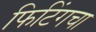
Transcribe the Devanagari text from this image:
फिटिंगचा